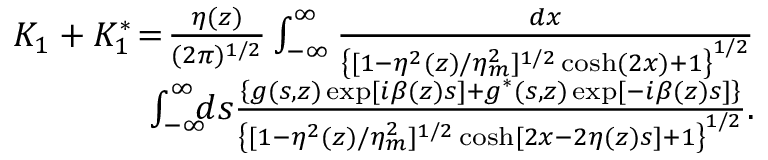
\begin{array} { r l r } & { } & { \! \! \! \! \! \! \! \! \! \! \! \! K _ { 1 } + K _ { 1 } ^ { * } \! = \! \frac { \eta ( z ) } { ( 2 \pi ) ^ { 1 / 2 } } \int _ { - \infty } ^ { \infty } \frac { d x } { \left\{ [ 1 - \eta ^ { 2 } ( z ) / \eta _ { m } ^ { 2 } ] ^ { 1 / 2 } \cosh ( 2 x ) + 1 \right\} ^ { 1 / 2 } } } \\ & { } & { \! \! \! \! \! \! \! \! \int _ { - \infty } ^ { \infty } \! \! \! d s \frac { \left\{ g ( s , z ) \exp [ i \beta ( z ) s ] + g ^ { * } ( s , z ) \exp [ - i \beta ( z ) s ] \right\} } { \left\{ [ 1 - \eta ^ { 2 } ( z ) / \eta _ { m } ^ { 2 } ] ^ { 1 / 2 } \cosh [ 2 x - 2 \eta ( z ) s ] + 1 \right\} ^ { 1 / 2 } } . } \end{array}